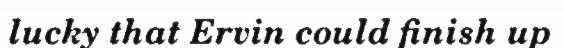
lucky that Ervin could finish up